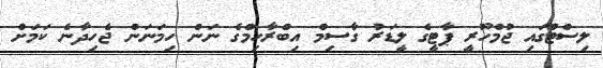
ލިސްޓުގައި ޖުމްހޫރީ ޕާޓީގެ ލީޑަރު ގާސިމް އިބްރާހިމްގެ ނަން ހިމަނަން ޖެހިދާނެ ކަމަށް